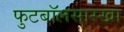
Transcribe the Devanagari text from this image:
फुटबॉलसारखा